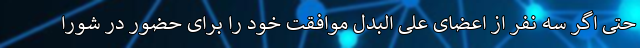
حتی اگر سه نفر از اعضای علی البدل موافقت خود را برای حضور در شورا